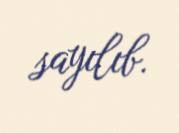
sayılıb.